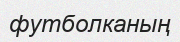
футболканың